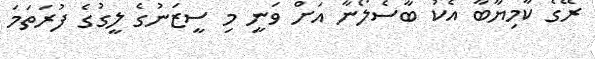
ރޭގެ ކާމިޔާބާ އެކު ބާސެލޯނާ އަށް ވަނީ މި ސީޒަނުގެ ލީގުގެ ފުރަތަމަ